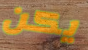
يكن